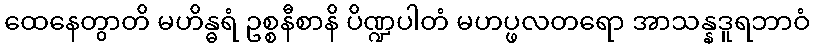
ထေနေတွာတိ မဟိန္ဓရံ ဥစ္စနီစာနိ ပိဏ္ဍပါတံ မဟပ္ဖလတရော အာသန္နဒူရဘာဝံ